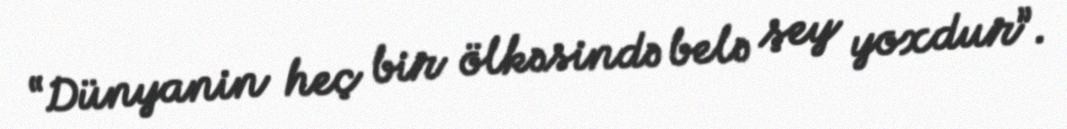
“Dünyanin heç bir ölkəsində belə şey yoxdur”.